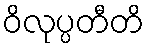
ဝိလုပ္ပတီတိ